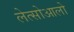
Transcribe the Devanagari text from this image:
लेत्सोआलो